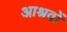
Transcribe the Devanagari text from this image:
आश्रवों